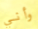
وأني